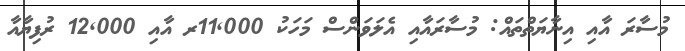
މުސާރަ އާއި އިނާޔަތްތައް: މުސާރައާއި އެލަވަންސް މަހަކު 11